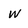
Character: W